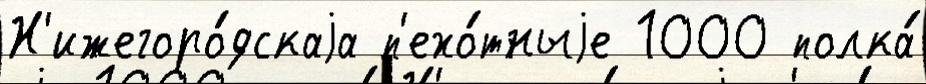
Н'ижегоро́дскаjа п'ехо́тныjе 1000 полка́